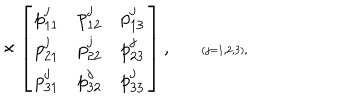
\times \left[ \begin{array} { r r r } { { p _ { 1 1 } ^ { j } } } & { { p _ { 1 2 } ^ { j } } } & { { p _ { 1 3 } ^ { j } } } \\ { { p _ { 2 1 } ^ { j } } } & { { p _ { 2 2 } ^ { j } } } & { { p _ { 2 3 } ^ { j } } } \\ { { p _ { 3 1 } ^ { j } } } & { { p _ { 3 2 } ^ { j } } } & { { p _ { 3 3 } ^ { j } } } \\ \end{array} \right] , \verb + + \scriptscriptstyle { ( j = 1 , 2 , 3 ) } ,